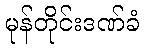
မုန်တိုင်းဒဏ်ခံ